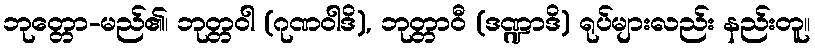
ဘုတ္တော-မည်၏၊ ဘုတ္တဝါ (ဂုဏဝါဒိ), ဘုတ္တာဝီ (ဒဏ္ဍာဒိ) ရုပ်များလည်း နည်းတူ။